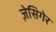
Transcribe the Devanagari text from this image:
ज़ेसिगेर